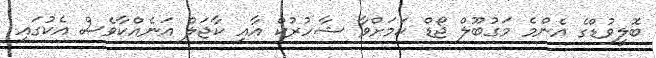
ބޮލީވުޑްގެ އެންމެ މަގުބޫލް ޖޯޑް ކަމަށްވާ ޝާހުރުކް އާއި ކާޖަލް އަނެއްކާވެސް އެކުގައި